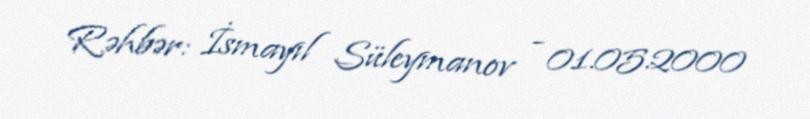
Rəhbər: İsmayıl Süleymanov - 01.05.2000